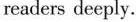
readers deeply.